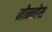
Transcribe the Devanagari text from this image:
नोन्नोस